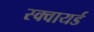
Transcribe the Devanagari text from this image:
स्क्वायर्ड